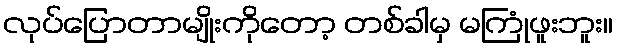
လုပ်ပြောတာမျိုးကိုတော့ တစ်ခါမှ မကြုံဖူးဘူး။